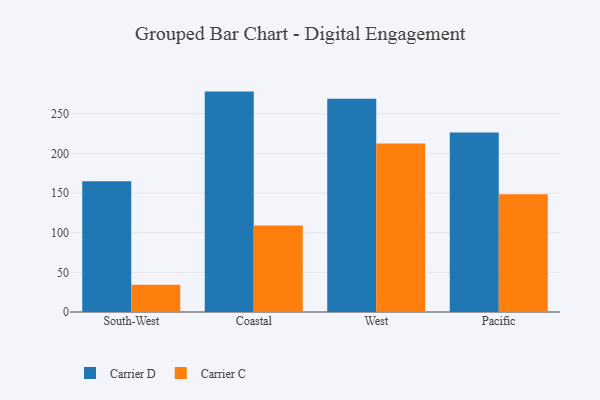
{"axis": {"x": "Region", "y": "Waste Production (Tons)"}, "legend": ["Carrier C", "Carrier D"], "data": [{"x": "South-West", "y": 164.8, "type": "Carrier D"}, {"x": "South-West", "y": 34.3, "type": "Carrier C"}, {"x": "Coastal", "y": 278.0, "type": "Carrier D"}, {"x": "Coastal", "y": 109.0, "type": "Carrier C"}, {"x": "West", "y": 269.1, "type": "Carrier D"}, {"x": "West", "y": 212.6, "type": "Carrier C"}, {"x": "Pacific", "y": 226.5, "type": "Carrier D"}, {"x": "Pacific", "y": 148.5, "type": "Carrier C"}]}